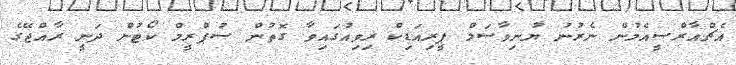
އެޗްއާރްސީއެމުން ނެރުނު ޔުނިވާސަލް ޕީރިއަޑިކް ރިވިއުގައިވާ ގޮތުން ސުޕްރީމް ކޯޓުން ދަނީ ރާއްޖޭގެ